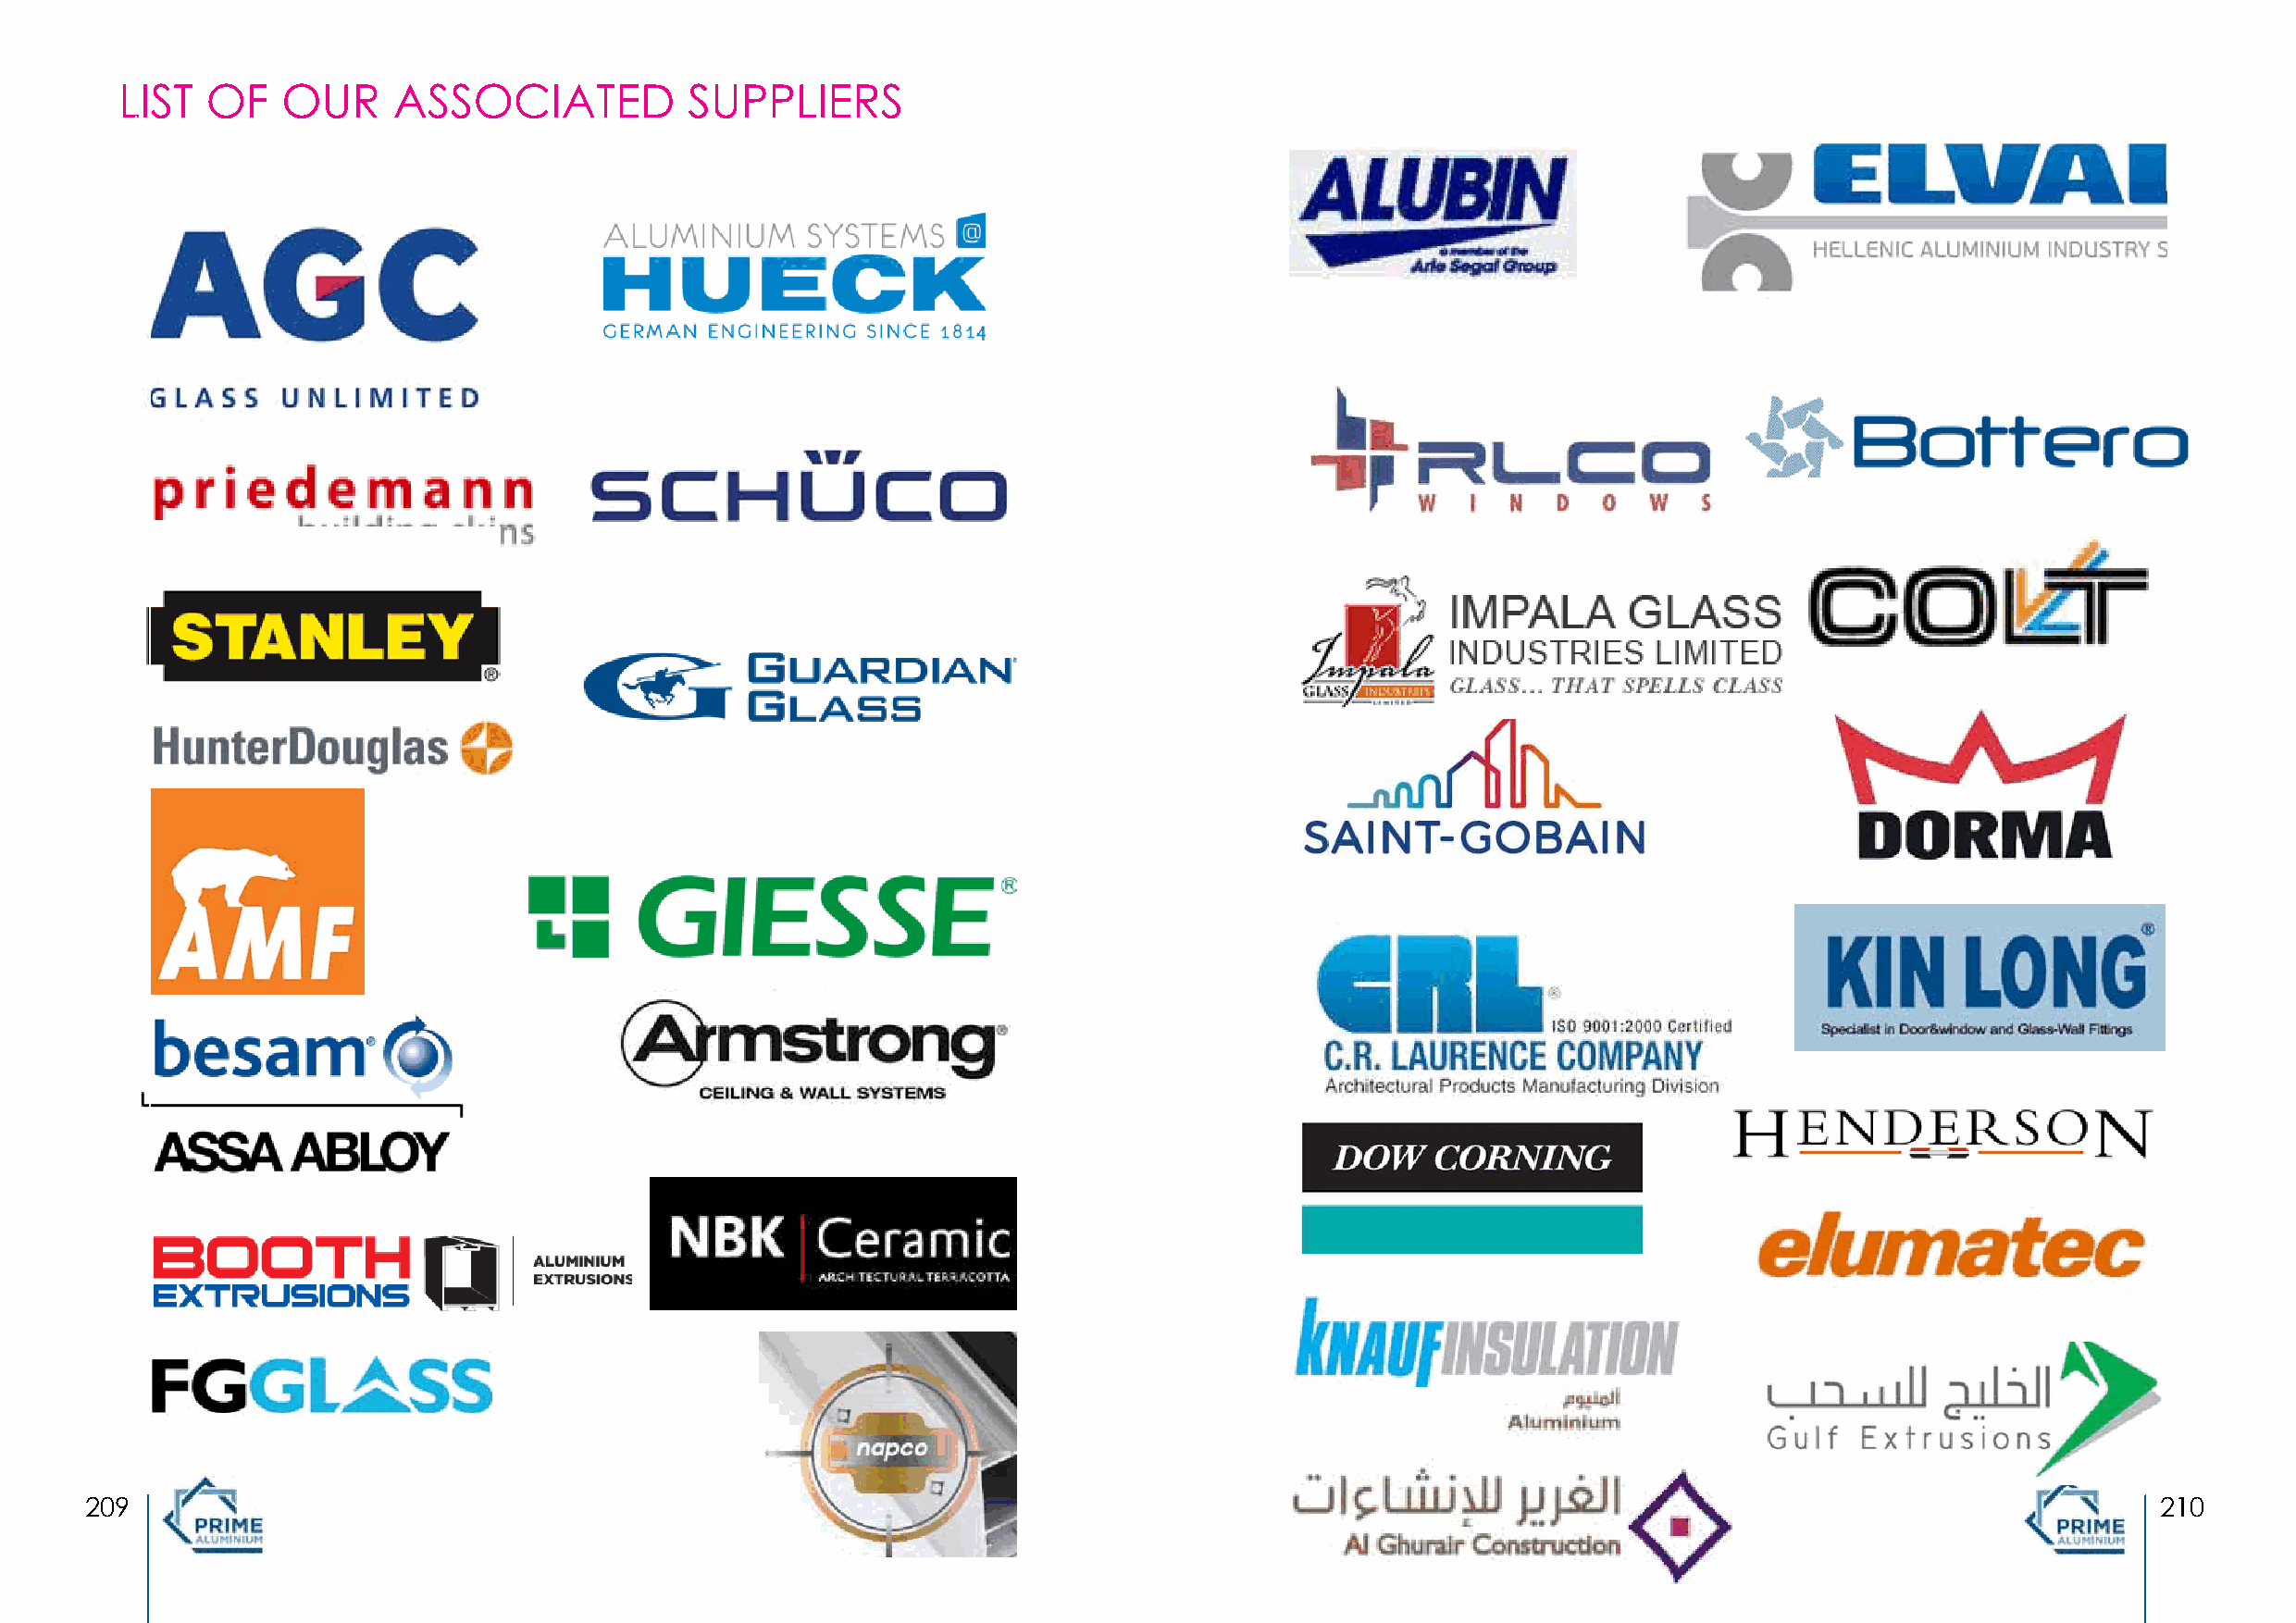
LIST   OF   OUR     ASSOCIATED           SUPPLIERS
 209                                                                                                                                                 210